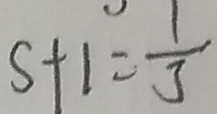
S + 1 = \frac { 1 } { 3 }